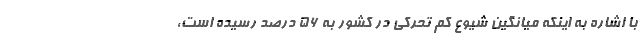
با اشاره به اینکه میانگین شیوع کم تحرکی در کشور به ۵۶ درصد رسیده است،